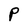
Character: P